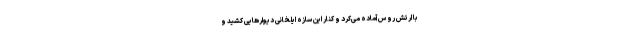
با ارتش روس آماده می‌کرد و کنار این سازه ایلخانی دیوارهایی کشید و